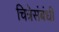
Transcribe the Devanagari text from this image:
चित्रेसंबंधी